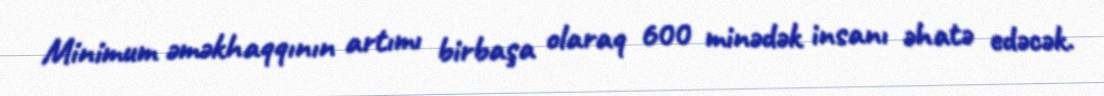
Minimum əməkhaqqının artımı birbaşa olaraq 600 minədək insanı əhatə edəcək.